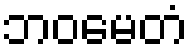
ဘဝမေတံ